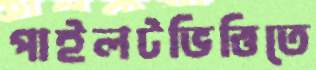
পাইলটভিত্তিতে